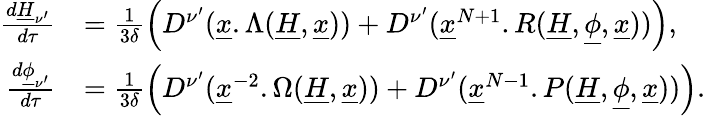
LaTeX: \begin{array}{rl}{\frac{d\underline{H}_{\mathbf\nu^{\prime}}}{d\tau}}&{=\frac{1}{3\delta}\left(D^{\mathbf\nu^{\prime}}(\underline{x}.\Lambda(\underline{H},\underline{x}))+D^{\mathbf\nu^{\prime}}(\underline{x}^{N+1}.R(\underline{H},\underline{\phi},\underline{x}))\right),}\\ {\frac{d\underline{\phi}_{\mathbf\nu^{\prime}}}{d\tau}}&{=\frac{1}{3\delta}\left(D^{\mathbf\nu^{\prime}}(\underline{x}^{-2}.\Omega(\underline{H},\underline{x}))+D^{\mathbf\nu^{\prime}}(\underline{x}^{N-1}.P(\underline{H},\underline{\phi},\underline{x}))\right).}\end{array}